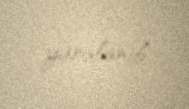
yaralanıb.